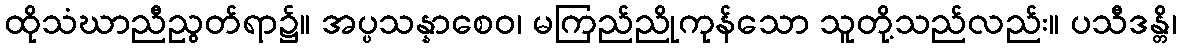
ထိုသံဃာညီညွတ်ရာ၌။ အပ္ပသန္နာစေဝ၊ မကြည်ညိုကုန်သော သူတို့သည်လည်း။ ပသီဒန္တိ၊